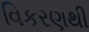
વિકરણથી